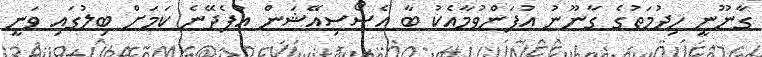
ގާނޫނީ ހިދުމަތުގެ ގާނޫނު އުފަންވުމާއެކު ބާ އެސޯސިއޭޝަން އުފެދޭނެ ކަމަށް ބިލުގައި ވަނީ